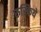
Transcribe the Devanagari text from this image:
रुस्किये